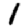
Digit: 1